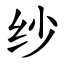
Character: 纱